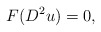
\begin{align*}F (D^2 u ) =0 ,\end{align*}